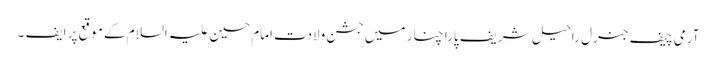
آرمی چیف جنرل راحیل شریف پارا چنار میں جشن ولادت امام حسین علیہ السلام کے موقع پر ایف ۔